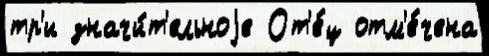
тр'и значи́т'ельноjе От'е́ц отм'е́чена